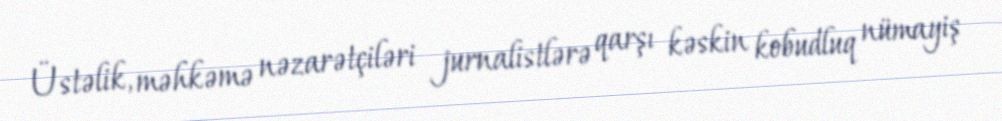
Üstəlik, məhkəmə nəzarətçiləri jurnalistlərə qarşı kəskin kobudluq nümayiş